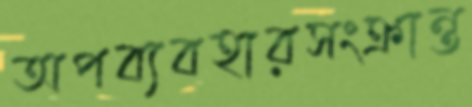
অপব্যবহারসংক্রান্ত